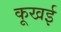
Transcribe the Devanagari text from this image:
कूखई